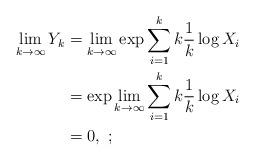
LaTeX: \begin{align*}\lim_{k \to \infty} Y_k &= \lim_{k \to \infty} \exp{\sum_{i=1}^k k \frac{1}{k} \log X_i} \\&= \exp{\lim_{k \to \infty} \sum_{i=1}^k k \frac{1}{k} \log X_i} \\&= 0,~;\end{align*}